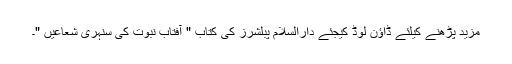
مزید پڑھنے کیلئے ڈاؤن لوڈ کیجئے دارالسلام پبلشرز کی کتاب " آفتاب نبوت کی سنہری شعاعیں "۔